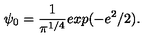
\psi _ { 0 } = \frac { 1 } { \pi ^ { 1 / 4 } } e x p ( - e ^ { 2 } / 2 ) .